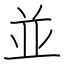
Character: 並